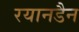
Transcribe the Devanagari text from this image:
रयानडैन